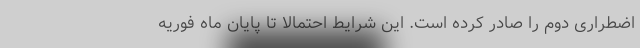
اضطراری دوم را صادر کرده است. این شرایط احتمالا تا پایان ماه فوریه